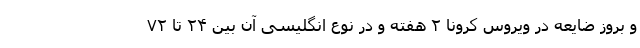
و بروز ضایعه در ویروس کرونا ۲ هفته و در نوع انگلیسی آن بین ۲۴ تا ۷۲